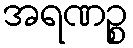
အရဏဉ္စ